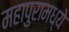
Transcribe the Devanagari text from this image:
महापुरामध्ये